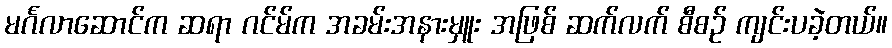
မင်္ဂလာဆောင်က ဆရာ ဂင်မ်က အခမ်းအနားမှူး အဖြစ် ဆက်လက် စီစဉ် ကျင်းပခဲ့တယ်။